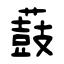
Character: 薣